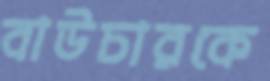
বাউচারকে